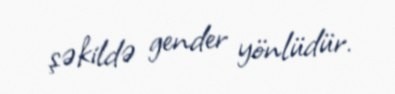
şəkildə gender yönlüdür.